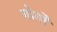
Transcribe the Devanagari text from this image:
गोर्गों